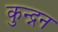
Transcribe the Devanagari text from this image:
कुन्द्नन